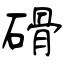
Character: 磆